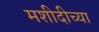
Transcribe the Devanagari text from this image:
मशीदीच्या